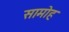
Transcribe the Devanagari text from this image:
सामोह